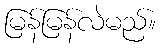
မြန်မြန်လဲမည်။